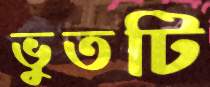
ভুতটি